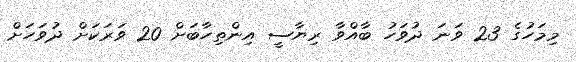
މިމަހުގެ 23 ވަނަ ދުވަހު ބާއްވާ ރިޔާސީ އިންތިހާބަށް 20 ވަރަކަށް ދުވަހަށް